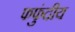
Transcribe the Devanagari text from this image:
फफुंदीय